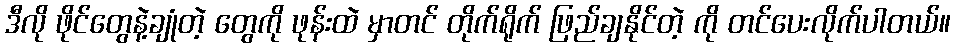
ဒီလို ဖိုင်တွေနဲ့ချုံတဲ့ တွေကို ဖုန်းထဲ မှာတင် တိုက်ရိုက် ဖြည်ချနိုင်တဲ့ ကို တင်ပေးလိုက်ပါတယ်။